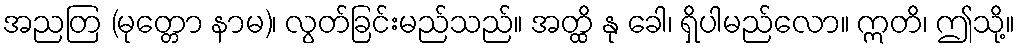
အညတြ (မုတ္တော နာမ)၊ လွတ်ခြင်းမည်သည်။ အတ္ထိ နု ခေါ၊ ရှိပါမည်လော။ ဣတိ၊ ဤသို့။